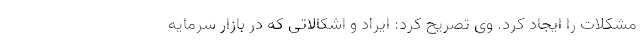
مشکلات را ایجاد کرد. وی تصریح کرد: ایراد و اشکالاتی که در بازار سرمایه